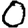
Digit: 0